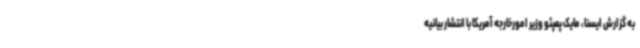
به گزارش ایسنا، مایک پمپئو وزیر امورخارجه آمریکا با انتشار بیانیه